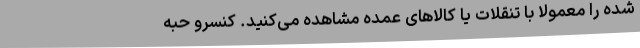
شده را معمولا با تنقلات یا کالاهای عمده مشاهده می‌کنید. کنسرو حبه